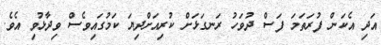
އަދި އެކަން ފުރަތަމަ ފަސް ދުވަހު ރަނގަޅަށް ކުރިއަށްދިޔަ ކަމުގައިވެސް ވިދާޅުވި އެވެ.